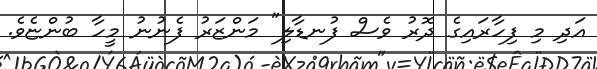
އަދި މި ފިހާރައިގެ ދޮރު ވެސް ފުނޑާލި" މަންޒަރު ފެނުނު މީހާ ބުންޏެވެ.